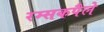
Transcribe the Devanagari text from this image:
रम्सकपैले